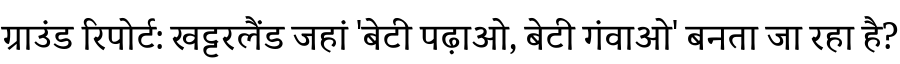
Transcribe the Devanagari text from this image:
ग्राउंड रिपोर्ट: खट्टरलैंड जहां 'बेटी पढ़ाओ, बेटी गंवाओ' बनता जा रहा है?